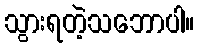
သွားရတဲ့သဘောပါ။